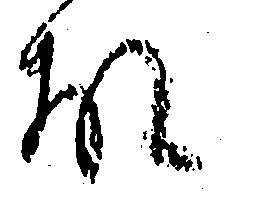
故